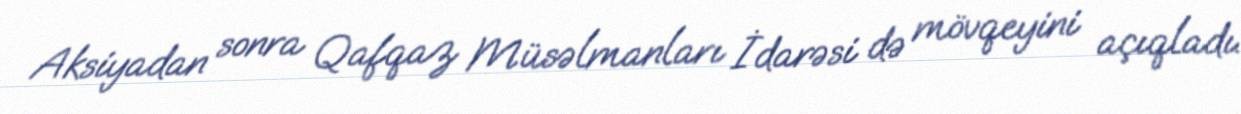
Aksiyadan sonra Qafqaz Müsəlmanları İdarəsi də mövqeyini açıqladı.